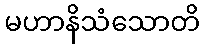
မဟာနိသံသောတိ